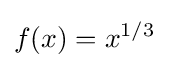
f(x)=x^{1/3}